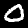
Label: 0